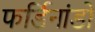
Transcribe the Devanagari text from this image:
फर्डिनांडो